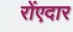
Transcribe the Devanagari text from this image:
रोंएदार